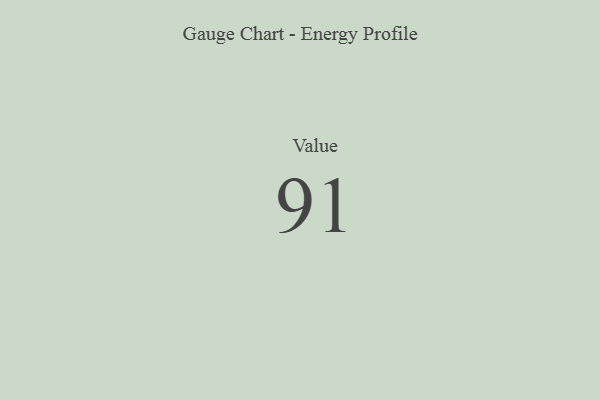
{"axis": {"x": "Metric", "y": "Value"}, "legend": [""], "data": [{"x": "Value", "y": 91, "type": ""}]}